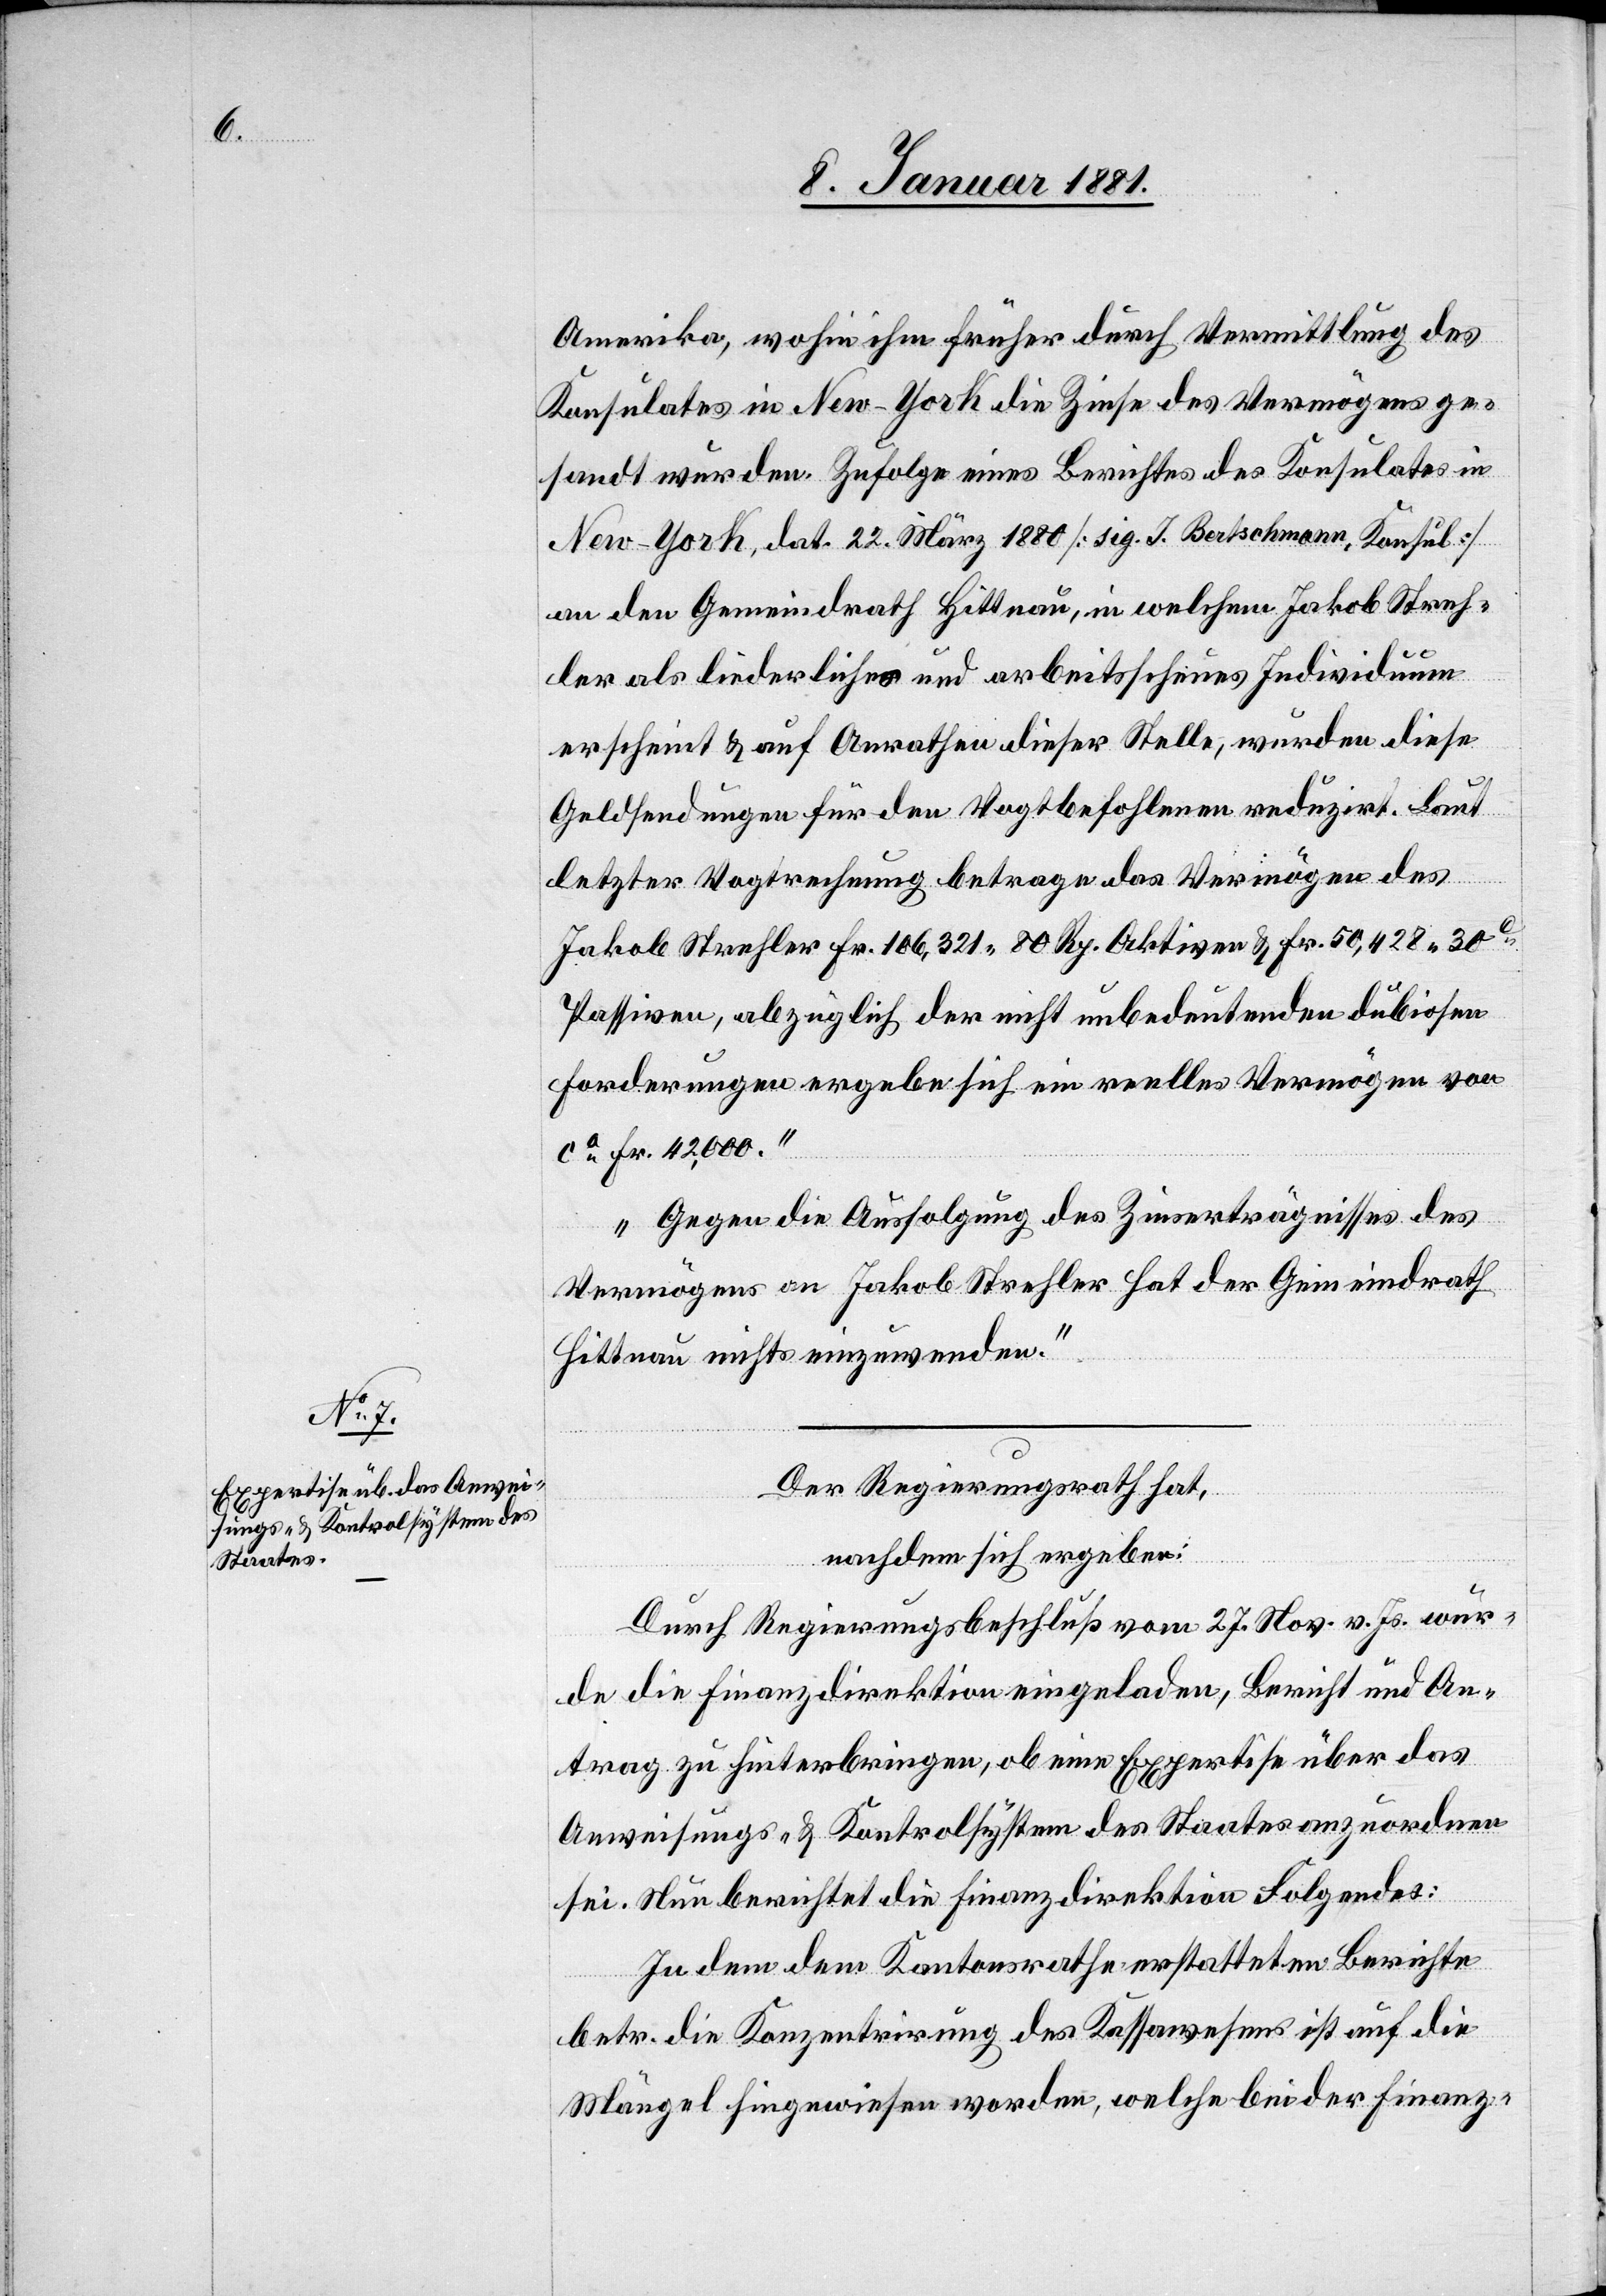
Amerika, wohin ihm früher durch Vermittlung des
Konsulates in New-York die Zinse des Vermögens ge¬
sandt wurden. Zufolge eines Berichtes des Konsulates in
New-York, dat. 22. März 1880 [sig. J. Bertschmann, Konsul]
an den Gemeindrath Hittnau, in welchem Jakob Streh¬
ler als liederliches und arbeitsscheues Individuum
erscheint & auf Anrathen dieser Stelle, wurden diese
Geldsendungen für den Vogtbefohlenen reduzirt. Laut
letzter Vogtrechnung betrage das Vermögen des
Jakob Strehler Fr. 106,321 80 Rp. Aktiven & Fr. 50 428 30
Passiven, abzüglich der nicht unbedeutenden dubiosen
Forderungen ergebe sich ein reelles Vermögen von
ca Fr. 42,000.“
„Gegen die Ausfolgung des Zinserträgnisses des
Vermögens an Jakob Strehler hat der Gemeindrath
Hittnau nichts einzuwenden.“
Der Regierungsrath hat,
nachdem sich ergeben:
Durch Regierungsbeschluß vom 27. Nov. v. Js. wur¬
de die Finanzdirektion eingeladen, Bericht und An¬
trag zu hinterbringen, ob eine Expertise über das
Anweisung- & Kontrolsystem des Staates anzuordnen
sei. Neu berichtet die Finanzdirektion Folgendes:
In dem dem Kantonsrathe erstatteten Berichte
betr. die Konzentrirung des Kassawesens ist auf die
Mängel hingewiesen worden, welche bei der Finanz-